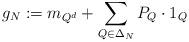
LaTeX: \begin{align*} g_N:=m_{Q^d}+\sum\limits_{Q\in\Delta_N} P_Q\cdot 1_Q\end{align*}